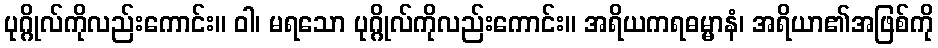
ပုဂ္ဂိုလ်ကိုလည်းကောင်း။ ဝါ၊ မရသော ပုဂ္ဂိုလ်ကိုလည်းကောင်း။ အရိယကရဓမ္မာနံ၊ အရိယာ၏အဖြစ်ကို